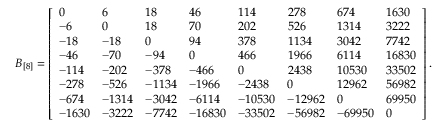
B _ { [ 8 ] } = \left[ \begin{array} { l l l l l l l l } { 0 } & { 6 } & { 1 8 } & { 4 6 } & { 1 1 4 } & { 2 7 8 } & { 6 7 4 } & { 1 6 3 0 } \\ { - 6 } & { 0 } & { 1 8 } & { 7 0 } & { 2 0 2 } & { 5 2 6 } & { 1 3 1 4 } & { 3 2 2 2 } \\ { - 1 8 } & { - 1 8 } & { 0 } & { 9 4 } & { 3 7 8 } & { 1 1 3 4 } & { 3 0 4 2 } & { 7 7 4 2 } \\ { - 4 6 } & { - 7 0 } & { - 9 4 } & { 0 } & { 4 6 6 } & { 1 9 6 6 } & { 6 1 1 4 } & { 1 6 8 3 0 } \\ { - 1 1 4 } & { - 2 0 2 } & { - 3 7 8 } & { - 4 6 6 } & { 0 } & { 2 4 3 8 } & { 1 0 5 3 0 } & { 3 3 5 0 2 } \\ { - 2 7 8 } & { - 5 2 6 } & { - 1 1 3 4 } & { - 1 9 6 6 } & { - 2 4 3 8 } & { 0 } & { 1 2 9 6 2 } & { 5 6 9 8 2 } \\ { - 6 7 4 } & { - 1 3 1 4 } & { - 3 0 4 2 } & { - 6 1 1 4 } & { - 1 0 5 3 0 } & { - 1 2 9 6 2 } & { 0 } & { 6 9 9 5 0 } \\ { - 1 6 3 0 } & { - 3 2 2 2 } & { - 7 7 4 2 } & { - 1 6 8 3 0 } & { - 3 3 5 0 2 } & { - 5 6 9 8 2 } & { - 6 9 9 5 0 } & { 0 } \end{array} \right] .